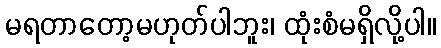
မရတာတော့မဟုတ်ပါဘူး၊ ထုံးစံမရှိလို့ပါ။